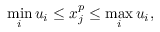
\operatorname* { m i n } _ { i } u _ { i } \leq x _ { j } ^ { p } \leq \operatorname* { m a x } _ { i } u _ { i } ,